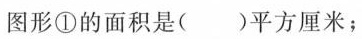
图形①的面积是()平方厘米；